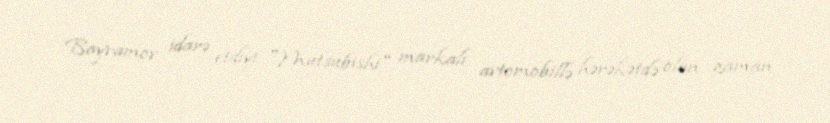
Bayramov idarə etdiyi "Mutsubishi" markalı avtomobillə hərəkətdə olan zaman